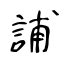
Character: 誧